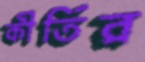
কীর্তির